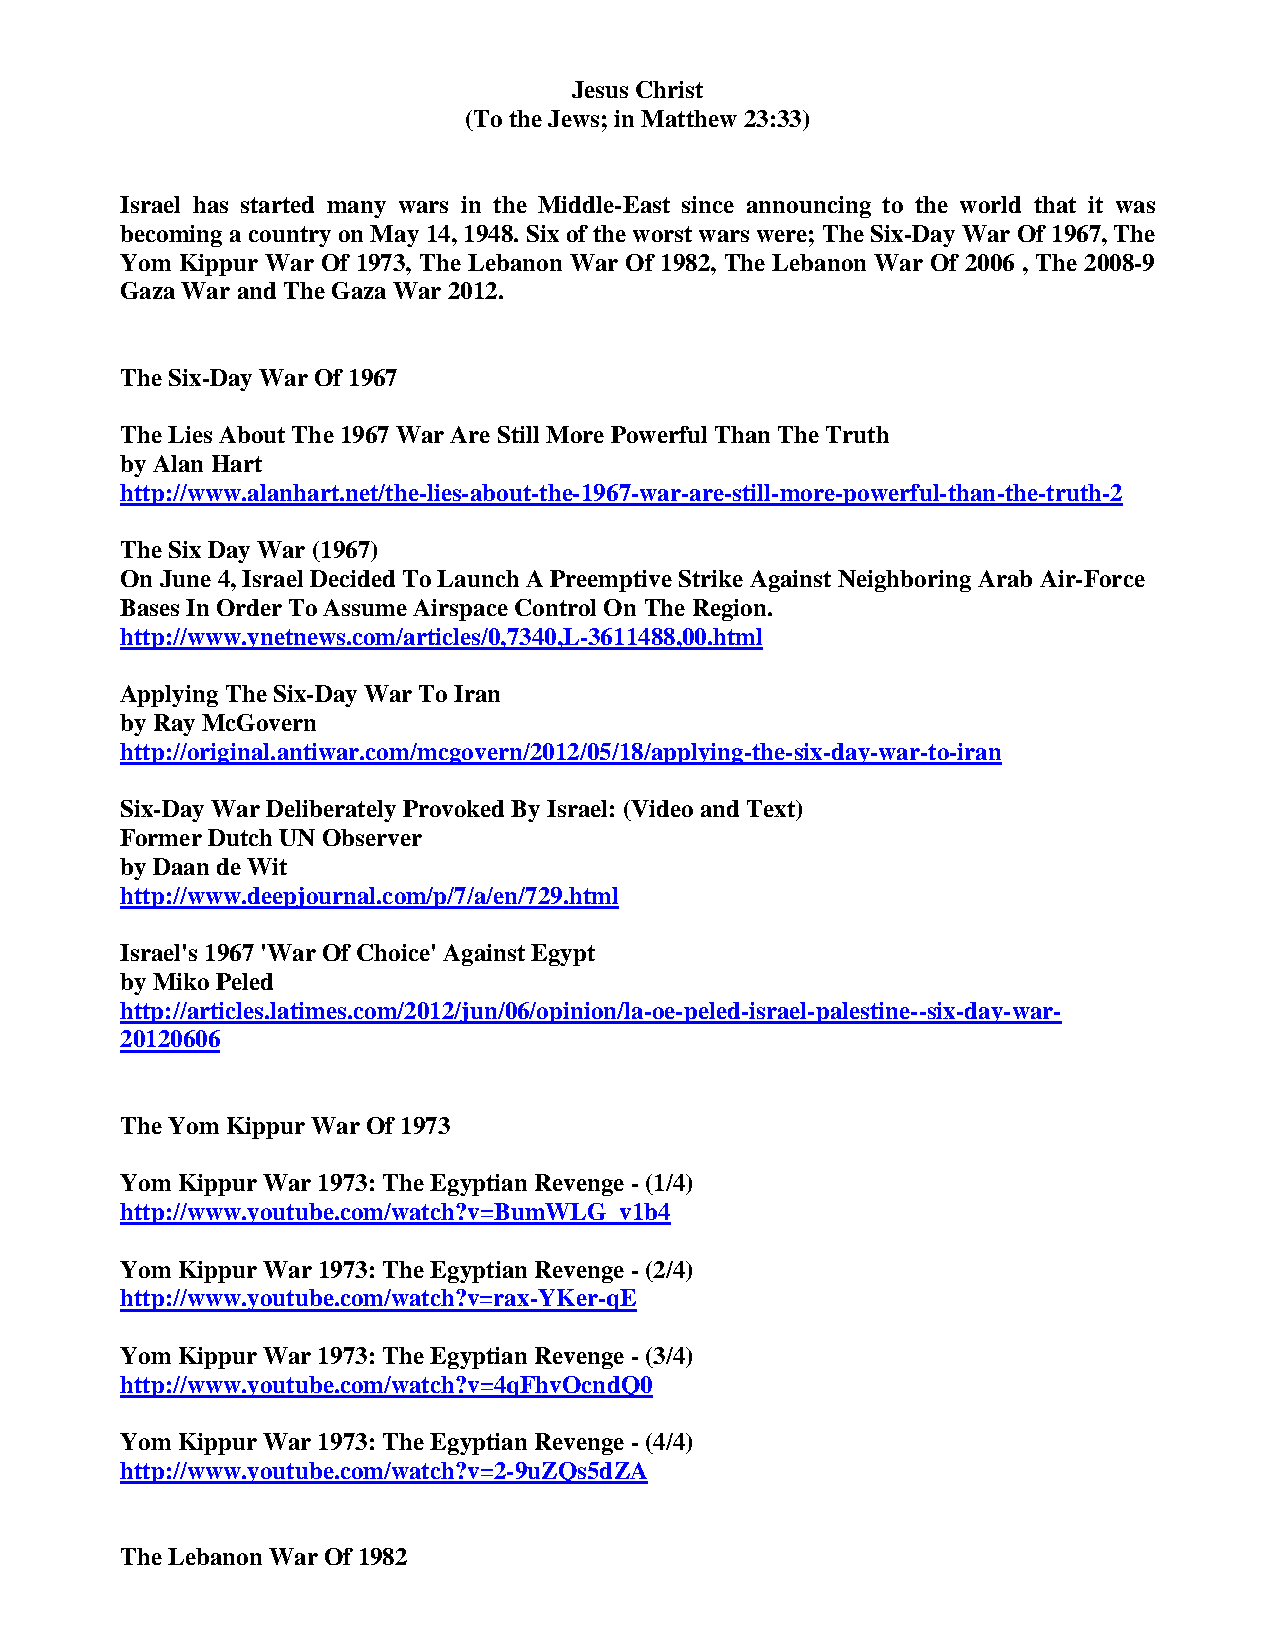
Jesus Christ
 (To the Jews; in Matthew 23:33)
 Israel has started many wars in the Middle-East since announcing to the world that it was
 becoming a country on May 14, 1948. Six of the worst wars were; The Six-Day War Of 1967, The
 Yom Kippur War Of 1973, The Lebanon War Of 1982, The Lebanon War Of 2006 , The 2008-9
 Gaza War and The Gaza War 2012.
 The Six-Day War Of 1967
 The Lies About The 1967 War Are Still More Powerful Than The Truth
 by Alan Hart
 http://www.alanhart.net/the-lies-about-the-1967-war-are-still-more-powerful-than-the-truth-2
 The Six Day War (1967)
 On June 4, Israel Decided To Launch A Preemptive Strike Against Neighboring Arab Air-Force
 Bases In Order To Assume Airspace Control On The Region.
 http://www.ynetnews.com/articles/0,7340,L-3611488,00.html
 Applying The Six-Day War To Iran
 by Ray McGovern
 http://original.antiwar.com/mcgovern/2012/05/18/applying-the-six-day-war-to-iran
 Six-Day War Deliberately Provoked By Israel: (Video and Text)
 Former Dutch UN Observer
 by Daan de Wit
 http://www.deepjournal.com/p/7/a/en/729.html
 Israel's 1967 'War Of Choice' Against Egypt
 by Miko Peled
 http://articles.latimes.com/2012/jun/06/opinion/la-oe-peled-israel-palestine--six-day-war-
 20120606
 The Yom Kippur War Of 1973
 Yom Kippur War 1973: The Egyptian Revenge - (1/4)
 http://www.youtube.com/watch?v=BumWLG_v1b4
 Yom Kippur War 1973: The Egyptian Revenge - (2/4)
 http://www.youtube.com/watch?v=rax-YKer-qE
 Yom Kippur War 1973: The Egyptian Revenge - (3/4)
 http://www.youtube.com/watch?v=4qFhvOcndQ0
 Yom Kippur War 1973: The Egyptian Revenge - (4/4)
 http://www.youtube.com/watch?v=2-9uZQs5dZA
 The Lebanon War Of 1982